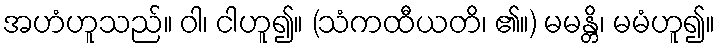
အဟံဟူသည်။ ဝါ၊ ငါဟူ၍။ (သံကထီယတိ၊ ၏။) မမန္တိ၊ မမံဟူ၍။